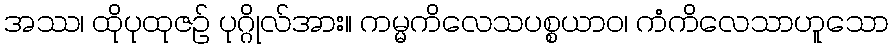
အဿ၊ ထိုပုထုဇဉ် ပုဂ္ဂိုလ်အား။ ကမ္မကိလေသပစ္စယာဝ၊ ကံကိလေသာဟူသော